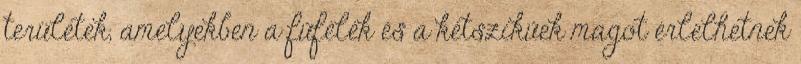
területek, amelyekben a fűfélék és a kétszikűek magot érlelhetnek